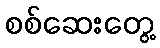
စစ်ဆေးတွေ့